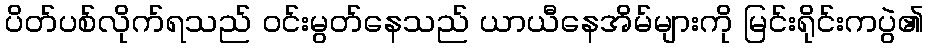
ပိတ်ပစ်လိုက်ရသည် ဝင်းမွတ်နေသည် ယာယီနေအိမ်များကို မြင်းရိုင်းကပွဲ၏